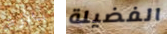
بالأرض الفضيلة